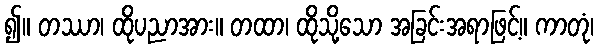
၍။ တဿာ၊ ထိုပညာအား။ တထာ၊ ထိုသို့သော အခြင်းအရာဖြင့်။ ကာတုံ၊